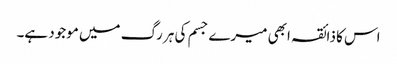
اس کا ذائقہ ابھی میرے جسم کی ہر رگ میں موجود ہے۔